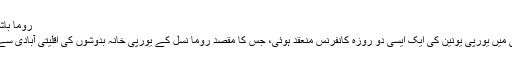
روما باشندوں کے یورپی معاشروں میں انضمام کی کوششیں
رومانیہ کے دارالحکومت بخارسٹ میں ابھی حال ہی میں یورپی یونین کی ایک ایسی دو روزہ کانفرنس منعقد ہوئی، جس کا مقصد روما نسل کے یورپی خانہ بدوشوں کی اقلیتی آبادی سے متعلق ایک امدادی پروگرام کو حتمی شکل دینا تھا۔